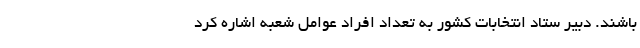
باشند. دبیر ستاد انتخابات کشور به تعداد افراد عوامل شعبه اشاره کرد